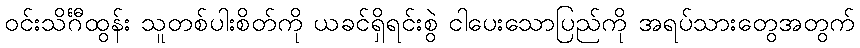
ဝင်းသိင်္ဂီထွန်း သူတစ်ပါးစိတ်ကို ယခင်ရှိရင်းစွဲ ငါပေးသောပြည်ကို အရပ်သားတွေအတွက်